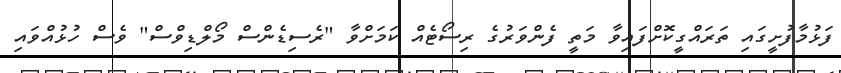
ފަޅުމާފުށީގައި ތަރައްގީކޮށްފައިވާ މަތީ ފެންވަރުގެ ރިސޯޓެއް ކަމަށްވާ "ރެސިޑެންސް މޯލްޑިވްސް" ވެސް ހުޅުއްވައި